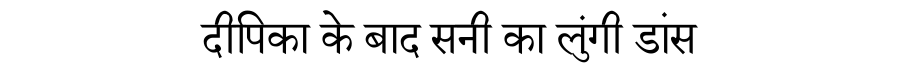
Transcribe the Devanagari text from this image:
दीपिका के बाद सनी का लुंगी डांस